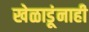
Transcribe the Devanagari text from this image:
खेळाडूंनाही